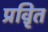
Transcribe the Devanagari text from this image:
प्रवृ़ित